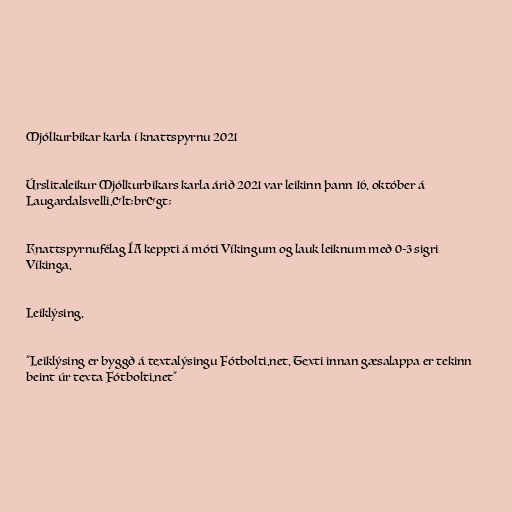
Mjólkurbikar karla í knattspyrnu 2021

Úrslitaleikur Mjólkurbikars karla árið 2021 var leikinn þann 16. október á
Laugardalsvelli.&lt;br&gt;

Knattspyrnufélag ÍA keppti á móti Víkingum og lauk leiknum með 0-3 sigri
Víkinga.

Leiklýsing.

"Leiklýsing er byggð á textalýsingu Fótbolti.net. Texti innan gæsalappa er tekinn
beint úr texta Fótbolti.net"